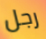
رجل